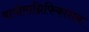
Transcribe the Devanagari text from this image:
बायोमाग्निफिकाशन